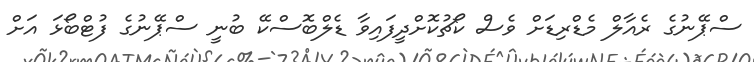
ސްޕޭނުގެ ރެއާލް މެޑްރިޑަށް ވެސް ކޯޗުކޮށްދީފައިވާ ޑެލްބޮސްކޭ ބުނީ ސްޕޭނުގެ ފުޓްބޯޅަ އަށް